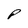
Character: P